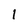
Character: 1